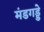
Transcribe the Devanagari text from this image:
मंडगड्डे